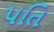
પતિ